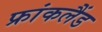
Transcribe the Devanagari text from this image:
फ्रांकलैंड